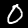
Digit: 0